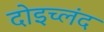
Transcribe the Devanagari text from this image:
दोइच्लंद